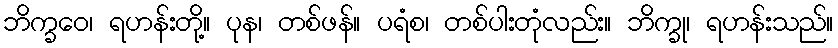
ဘိက္ခဝေ၊ ရဟန်းတို့။ ပုန၊ တစ်ဖန်။ ပရံစ၊ တစ်ပါးတုံလည်း။ ဘိက္ခု၊ ရဟန်းသည်။